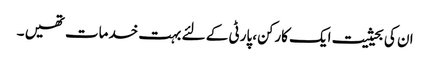
ان کی بحیثیت ایک کارکن، پارٹی کے لئے بہت خدمات تھیں ۔